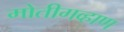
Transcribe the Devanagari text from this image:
मोतीगव्हाण